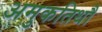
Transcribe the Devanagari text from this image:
अमुकतिथौ